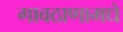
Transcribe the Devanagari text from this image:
गावठाणामधे